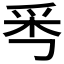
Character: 𤔁